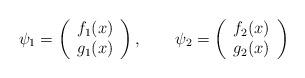
LaTeX: \begin{align*}\psi _{1}=\left( \begin{array}{c}f_{1}(x) \\ g_{1}(x)\end{array}\right) ,\qquad \psi _{2}=\left( \begin{array}{c}f_{2}(x) \\ g_{2}(x)\end{array}\right) \end{align*}